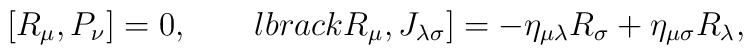
\lbrack R_\mu ,P_\nu \rbrack = 0 , \qquad \ \\lbrack R_\mu ,J_{\lambda \sigma } \rbrack =- \eta _{\mu \lambda} R_\sigma + \eta _{\mu \sigma} R_\lambda ,